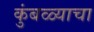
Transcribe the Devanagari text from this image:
कुंबळ्याचा